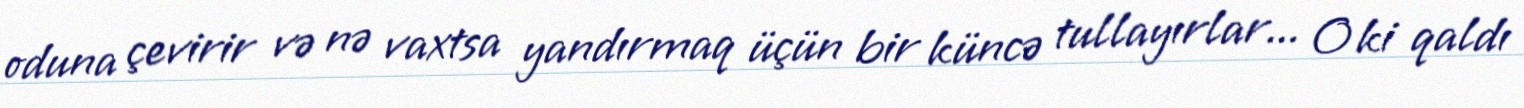
oduna çevirir və nə vaxtsa yandırmaq üçün bir küncə tullayırlar... O ki qaldı